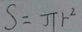
s = \pi r ^ { 2 }